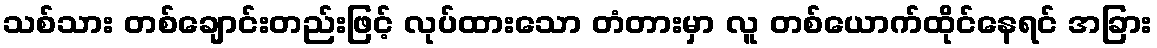
သစ်သား တစ်ချောင်းတည်းဖြင့် လုပ်ထားသော တံတားမှာ လူ တစ်ယောက်ထိုင်နေရင် အခြား